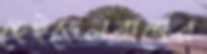
হেইডেলবার্গের